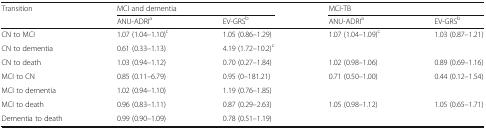
<table><thead><tr><td rowspan="2"><b>Transition</b></td><td colspan="2"><b>MCI and dementia</b></td><td colspan="2"><b>MCI-TB</b></td></tr><tr><td><b>ANU-ADRI<sup>a</sup></b></td><td><b>EV-GRS<sup>b</sup></b></td><td><b>ANU-ADRI<sup>a</sup></b></td><td><b>EV-GRS<sup>b</sup></b></td></tr></thead><tbody><tr><td>CN to MCI</td><td>1.07 (1.04–1.10)<sup>c</sup></td><td>1.05 (0.86–1.29)</td><td>1.07 (1.04–1.09)<sup>c</sup></td><td>1.03 (0.87–1.21)</td></tr><tr><td>CN to dementia</td><td>0.61 (0.33–1.13)</td><td>4.19 (1.72–10.2)<sup>c</sup></td><td></td><td></td></tr><tr><td>CN to death</td><td>1.03 (0.94–1.12)</td><td>0.70 (0.27–1.84)</td><td>1.02 (0.98–1.06)</td><td>0.89 (0.69–1.16)</td></tr><tr><td>MCI to CN</td><td>0.85 (0.11–6.79)</td><td>0.95 (0–181.21)</td><td>0.71 (0.50–1.00)</td><td>0.44 (0.12–1.54)</td></tr><tr><td>MCI to dementia</td><td>1.02 (0.94–1.10)</td><td>1.19 (0.76–1.85)</td><td></td><td></td></tr><tr><td>MCI to death</td><td>0.96 (0.83–1.11)</td><td>0.87 (0.29–2.63)</td><td>1.05 (0.98–1.12)</td><td>1.05 (0.65–1.71)</td></tr><tr><td>Dementia to death</td><td>0.99 (0.90–1.09)</td><td>0.78 (0.51–1.19)</td><td></td><td></td></tr></tbody></table>